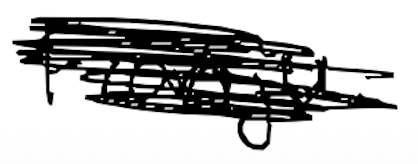
Text: Franju.
Cross-out: scratch
Writing tool: digital_black